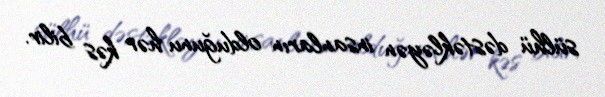
sülhü dəstəkləyən insanların olduğunu hər kəs bilir.